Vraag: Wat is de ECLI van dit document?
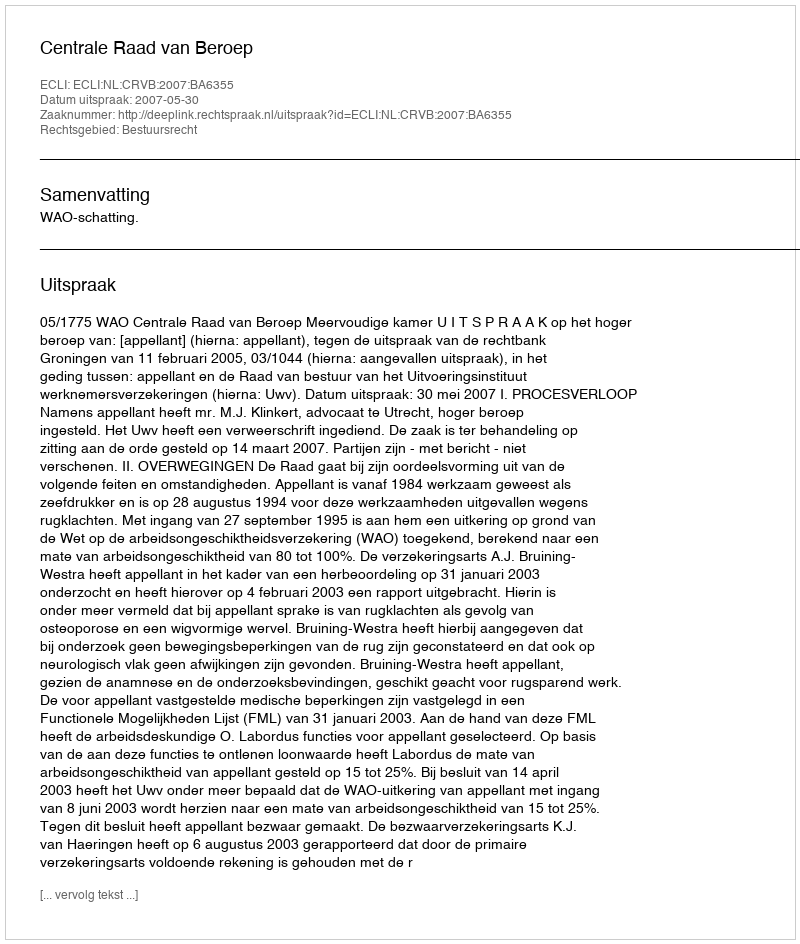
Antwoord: ECLI:NL:CRVB:2007:BA6355